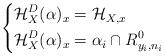
LaTeX: \begin{align*}\left \{ \begin{aligned} \mathcal H_X^D(\alpha)_x &= \mathcal H_{X, x} & \\ \mathcal H_X^D(\alpha)_x &= \alpha_i \cap R^0_{y_i, n_i} & \end{aligned} \right.\end{align*}